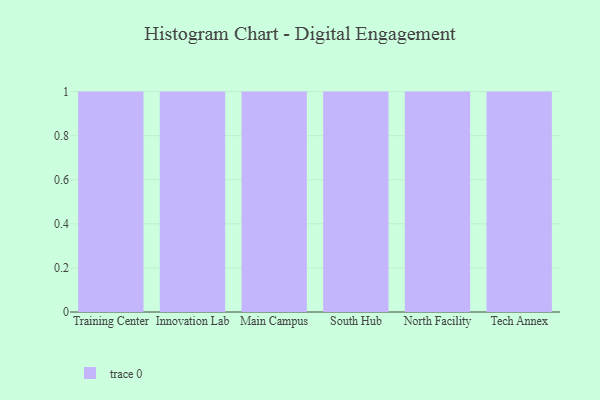
{"axis": {"x": "Campus", "y": "Gross Profit (USD K)"}, "legend": [""], "data": [{"x": "Training Center", "y": 63, "type": ""}, {"x": "Innovation Lab", "y": 34, "type": ""}, {"x": "Main Campus", "y": 87, "type": ""}, {"x": "South Hub", "y": 1, "type": ""}, {"x": "North Facility", "y": 77, "type": ""}, {"x": "Tech Annex", "y": 67, "type": ""}]}